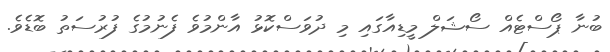
ބުނާ ޕޯސްޓެއް ސޯޝަލް މީޑިއާގައި މި ދުވަސްކޮޅު އާންމުވެ ފެނުމުގެ ފުރުސަތު ބޮޑެވެ.